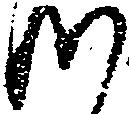
つ